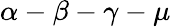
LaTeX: \alpha-\beta-\gamma-\mu